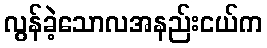
လွန်ခဲ့သောလအနည်းငယ်က